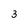
Character: 3